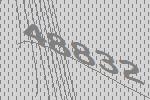
48832